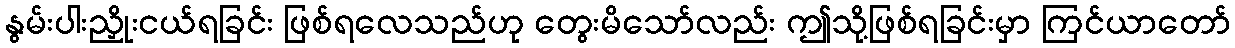
နွမ်းပါးညှိုးငယ်ရခြင်း ဖြစ်ရလေသည်ဟု တွေးမိသော်လည်း ဤသို့ဖြစ်ရခြင်းမှာ ကြင်ယာတော်